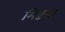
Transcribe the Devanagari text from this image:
मिष्ठन्ना